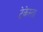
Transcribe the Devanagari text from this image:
टेकेस्ता